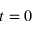
t = 0